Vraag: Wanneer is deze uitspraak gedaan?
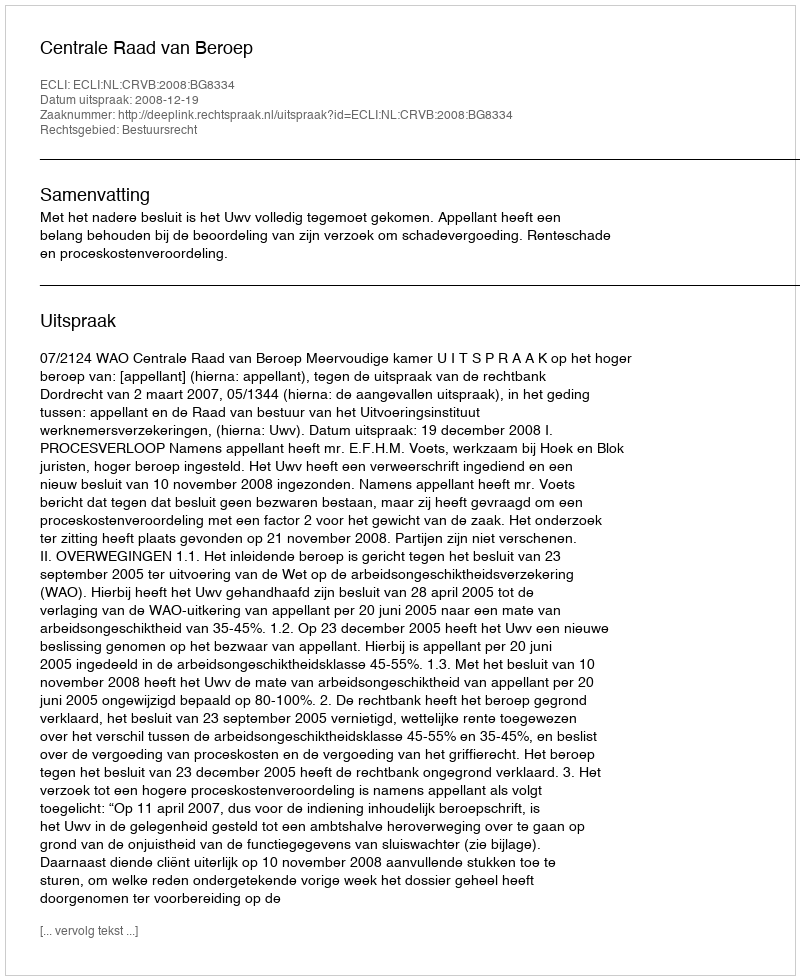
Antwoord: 2008-12-19